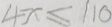
4 x \leq 1 1 0